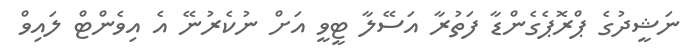
ނަޝީދުގެ ޕްރޮޕެގެންޑާ ފަތުރާ އަސޭލާ ޓީވީ އަށް ނުކެރުނޭ އެ އިވެންޓް ލައިވް